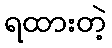
ရထားတဲ့